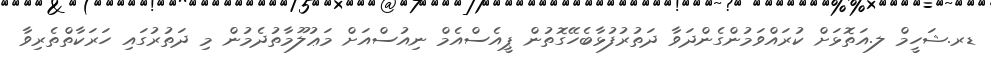
ޑރ.ޝަހީމް ލ.އަތޮޅަށް ކުރައްވަމުންގެންދަވާ ދަތުރުފުޅާބެހޭގޮތުން ޕީއެސްއެމް ނިއުސްއަށް މަޢުލޫމާތުދެމުން މި ދަތުރުގައި ހަރަކާތްތެރިވާ